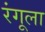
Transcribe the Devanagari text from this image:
रंगूला